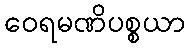
ဝေရမဏိပစ္စယာ